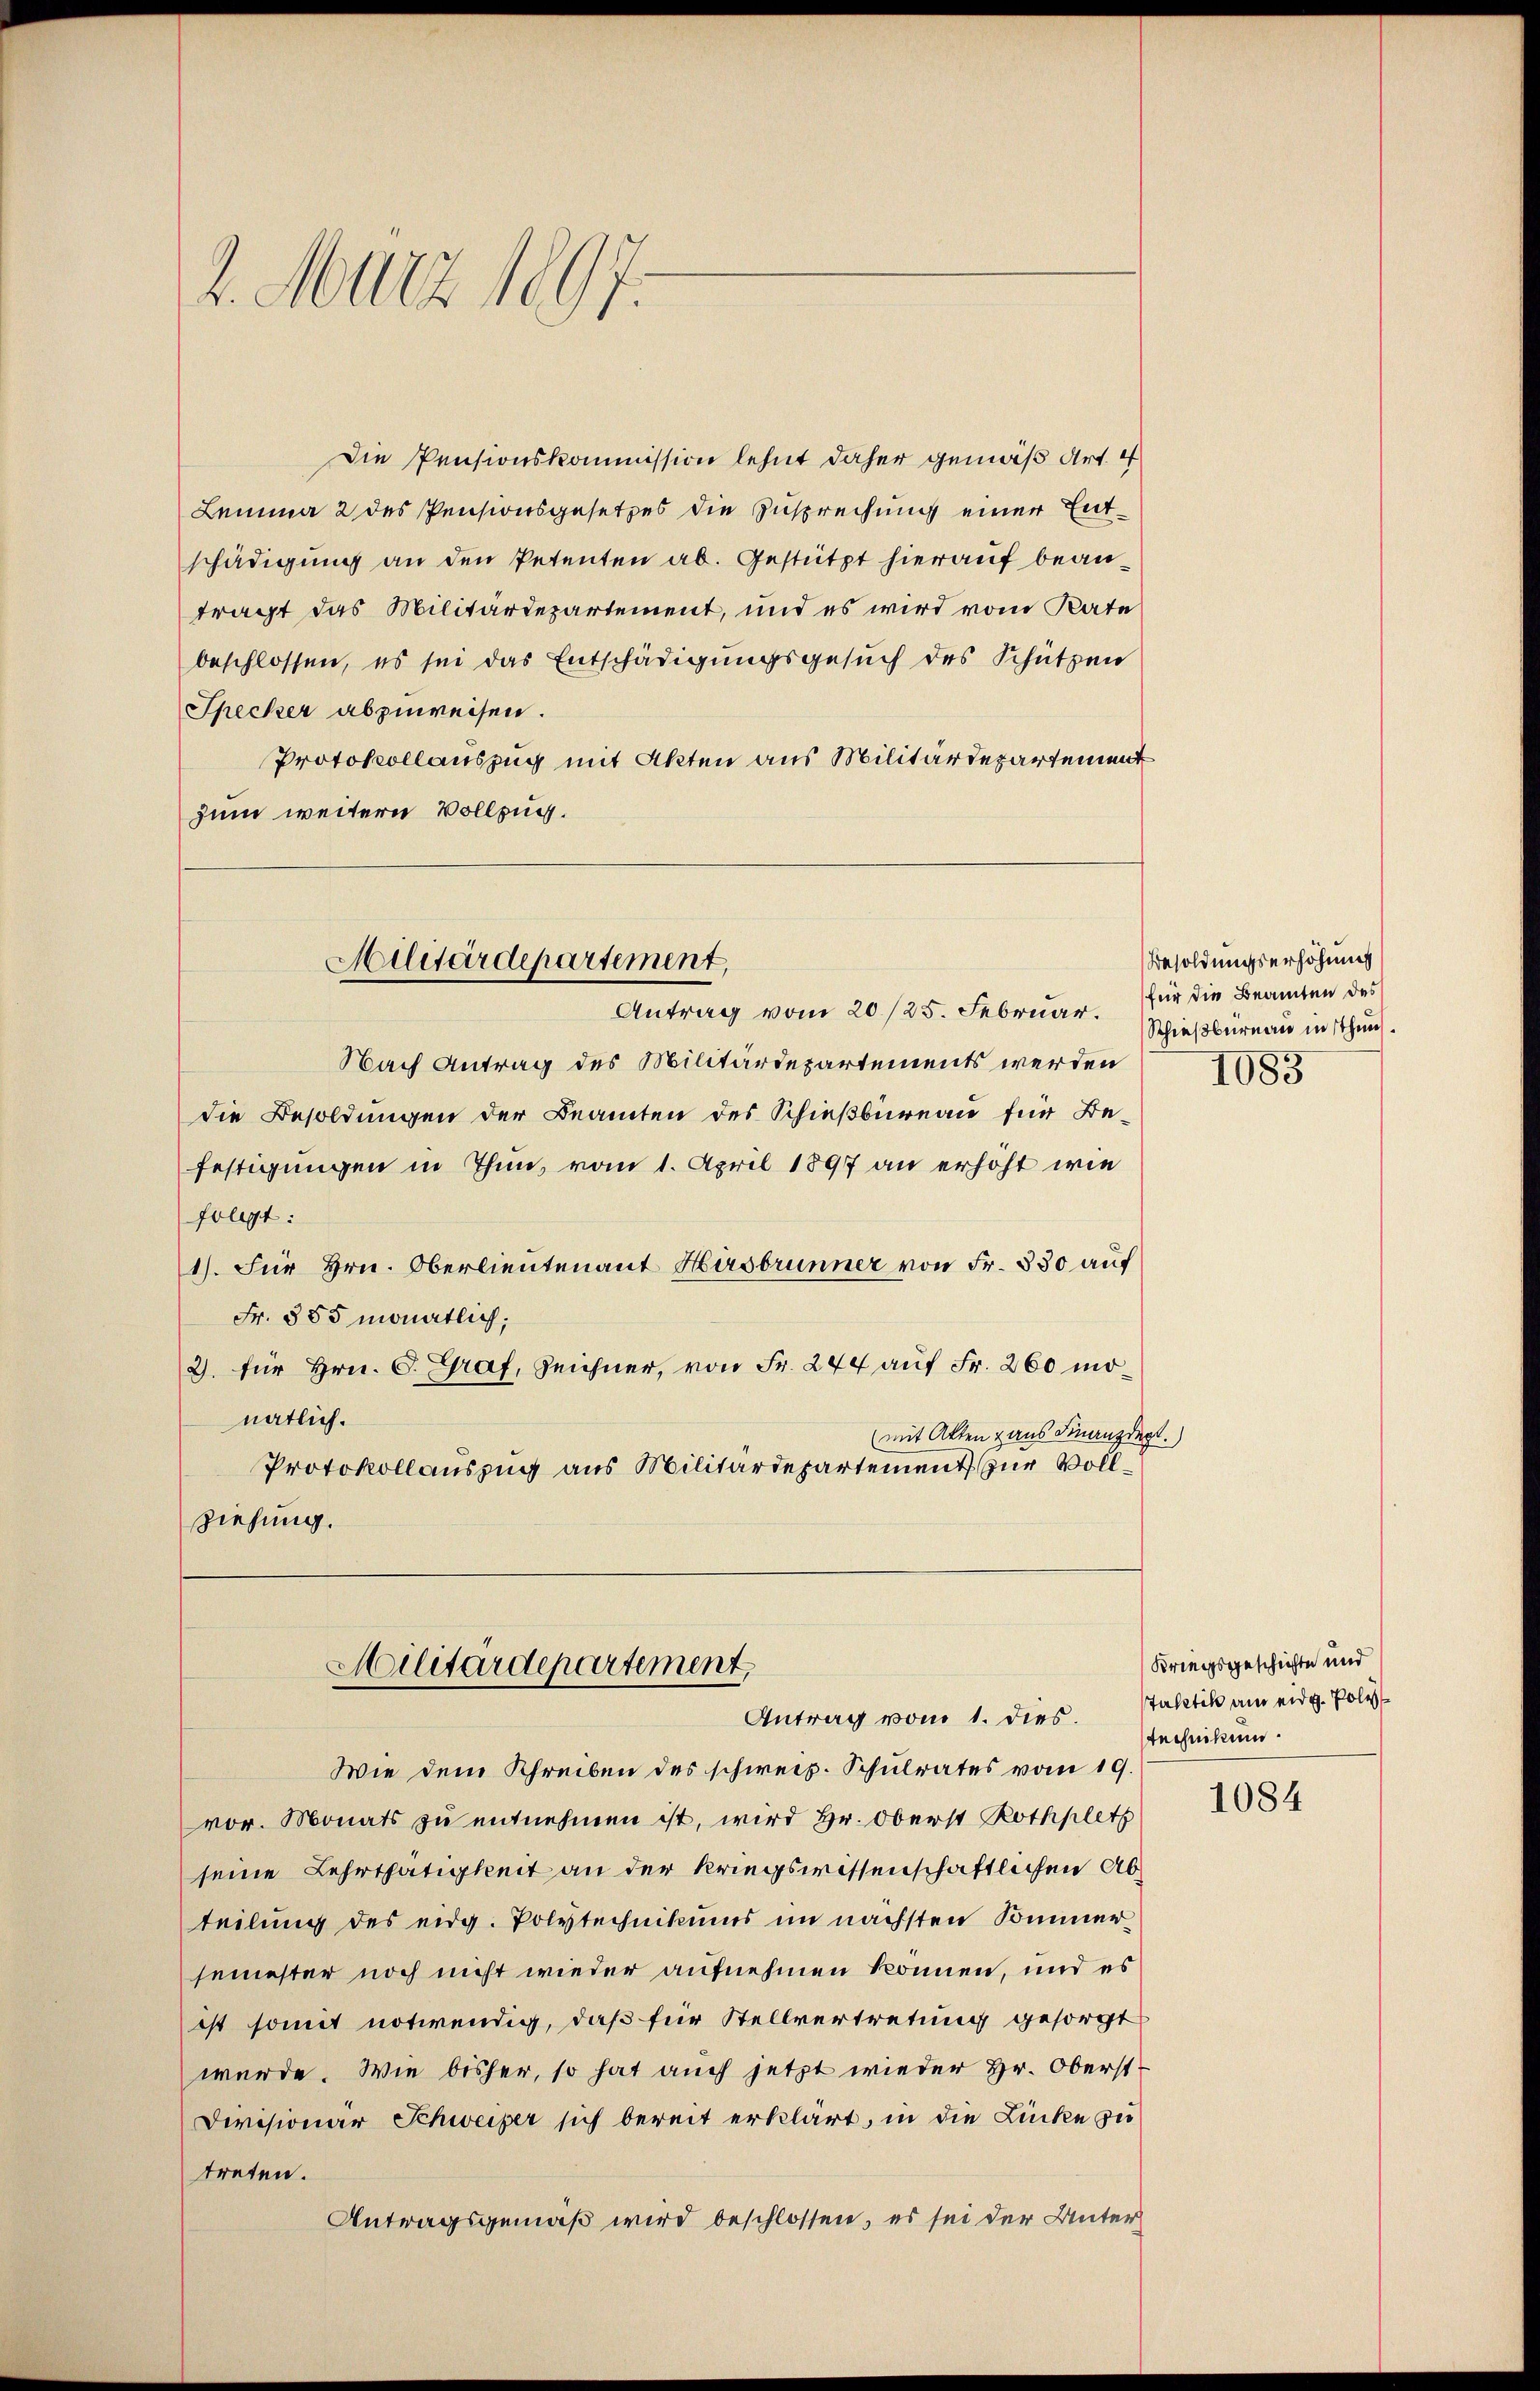
2. März 1897.

Die Pensionskommission lehnt daher gemäß Art. 4
Lemma 2 des Pensionsgesetzes die Zusprechung einer Entschädigung an den Petenten ab. Gestützt hierauf beantragt das Militärdepartement, und es wird vom Rate
beschlossen, es sei das Entschädigungsgesuch des Schützen
Specker abzuweisen.
Protokollauszug mit Akten aus Militärdepartement
zum weitern Vollzug.
Antrag vom 20./25. Februar. Schießbüreau in thun
Nach Antrag des Militärdepartements werden
die Besoldungen der Beamten des Schießbüreau für Befestigungen in Thun, vom 1. April 1897 an erhöht wie
folgt:
1). Für Hrn. Oberlieutenant Hirsbrunner von Fr. 830 auf
Fr. 385 monatlich,
2. für Hrn. C. Graf, Zeichner, von Fr. 244 auf Fr. 260 monatlich.
(mit Akten Haus Finanzdept.
Protokollauszug aus Militärdepartement zur Vollziehung.

Militärdepartement,

Militärdepartement
Antrag vom 1. dies. Taktik am eidg. Poli

Wie dem Schreiben des schweiz. Schulrates vom 19
vor. Monats zu entnehmen ist, wird Hr. Oberst Rothplatz
seine Lehrthätigkeit an der kriegswissenschaftlichen Abteilung des eidg. Polytechnikums im nächsten Sinner
semester noch nicht wieder aufnehmen können, und es
ist somit notwendig, daß für Stellvertretung gesorgt
würde. Wie bisher, so hat auch jetzt wieder Hr. Oberst
Divisionar Schweizer sich bereit erklärt, in die Lücke zu
treten.
Antragsgemäß wird beschlossen, es sei der Unter¬

Besoldungserhöhung
für die Beamten des
1083

Kriegsgeschichte und
technikum.

1084